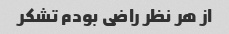
از هر نظر راضی بودم تشکر